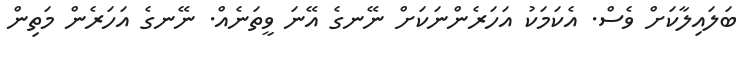
ބަލައިލާކަށް ވެސް. އެކަމަކު އަހަރެންނަކަށް ނޭނގެ އޭނަ ވީތަނެއް. ނޭނގެ އަހަރެން މަތިން